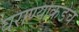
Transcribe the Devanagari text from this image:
घराण्याकडेच